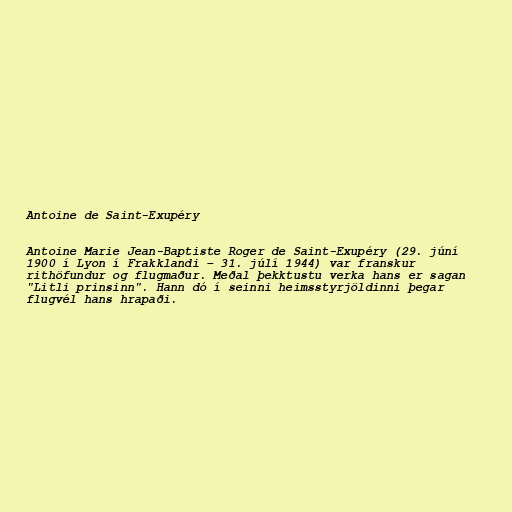
Antoine de Saint-Exupéry

Antoine Marie Jean-Baptiste Roger de Saint-Exupéry (29. júní
1900 í Lyon í Frakklandi – 31. júlí 1944) var franskur
rithöfundur og flugmaður. Meðal þekktustu verka hans er sagan
"Litli prinsinn". Hann dó í seinni heimsstyrjöldinni þegar
flugvél hans hrapaði.